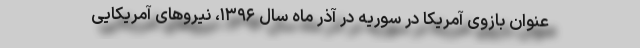
عنوان بازوی آمریکا در سوریه در آذر ماه سال ۱۳۹۶، نیروهای آمریکایی